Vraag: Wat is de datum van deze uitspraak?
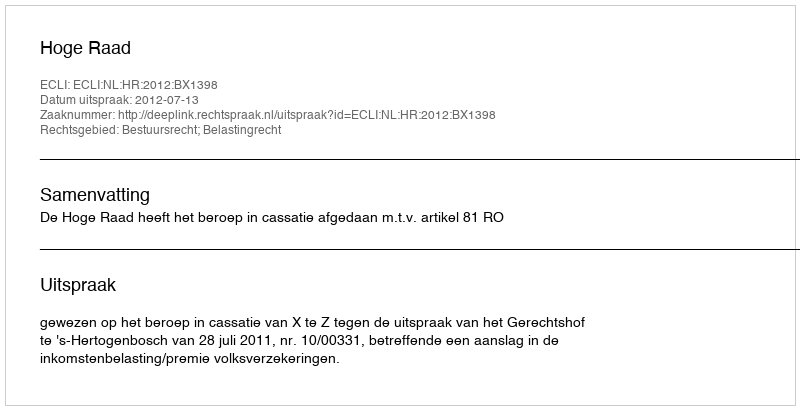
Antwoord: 2012-07-13